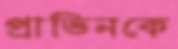
প্রাভিনকে